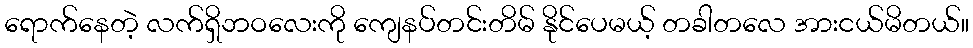
ရောက်နေတဲ့ လက်ရှိဘဝလေးကို ကျေနပ်တင်းတိမ် နိုင်ပေမယ့် တခါတလေ အားငယ်မိတယ်။